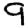
Digit: 9